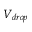
V _ { d r o p }